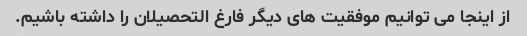
از اینجا می توانیم موفقیت های دیگر فارغ التحصیلان را داشته باشیم.